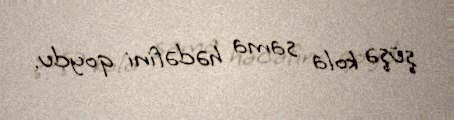
şüşə kola sama hədəfini qoydu.